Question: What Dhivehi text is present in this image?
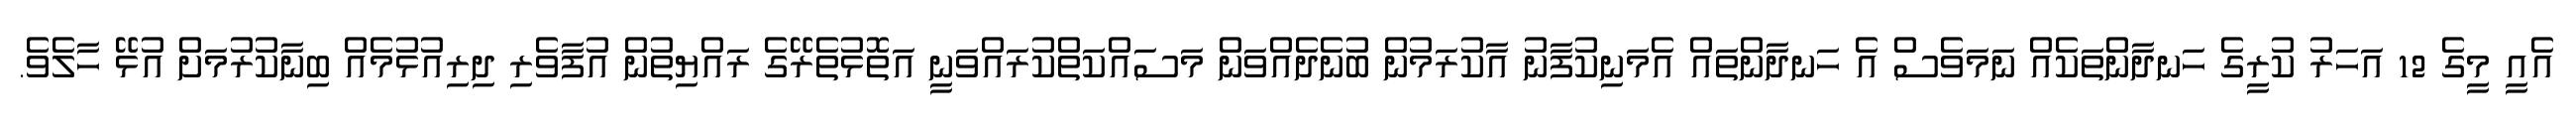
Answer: އެއީ މީގެ 12 އަހަރު ކުރީގެ ހަނދާންތަކެއް ނަމަވެސް އެ ހަނދާންތައް އެމަނިކުފާނު އާކުރަމުން ބުނެދެއްވަން މަސައްކަތްކުރައްވަނީ އަތޮޅުތެރޭގެ ރައްޔިތުން އުފާވެރި ދިރިއުޅުމެއް ބިނާކުރުމަށް އުޅޭ ހާލެވެ.